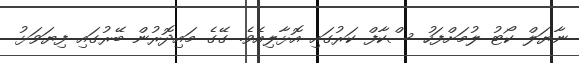
ނާޔަލް ކޯޓު ލުމަށްފަހު ސްކާފް ކަރުގައި އޮޅާލިއެވެ. ގޭގެ މައިދޮރުން ބޭރުގައި ފިޔަވަޅު